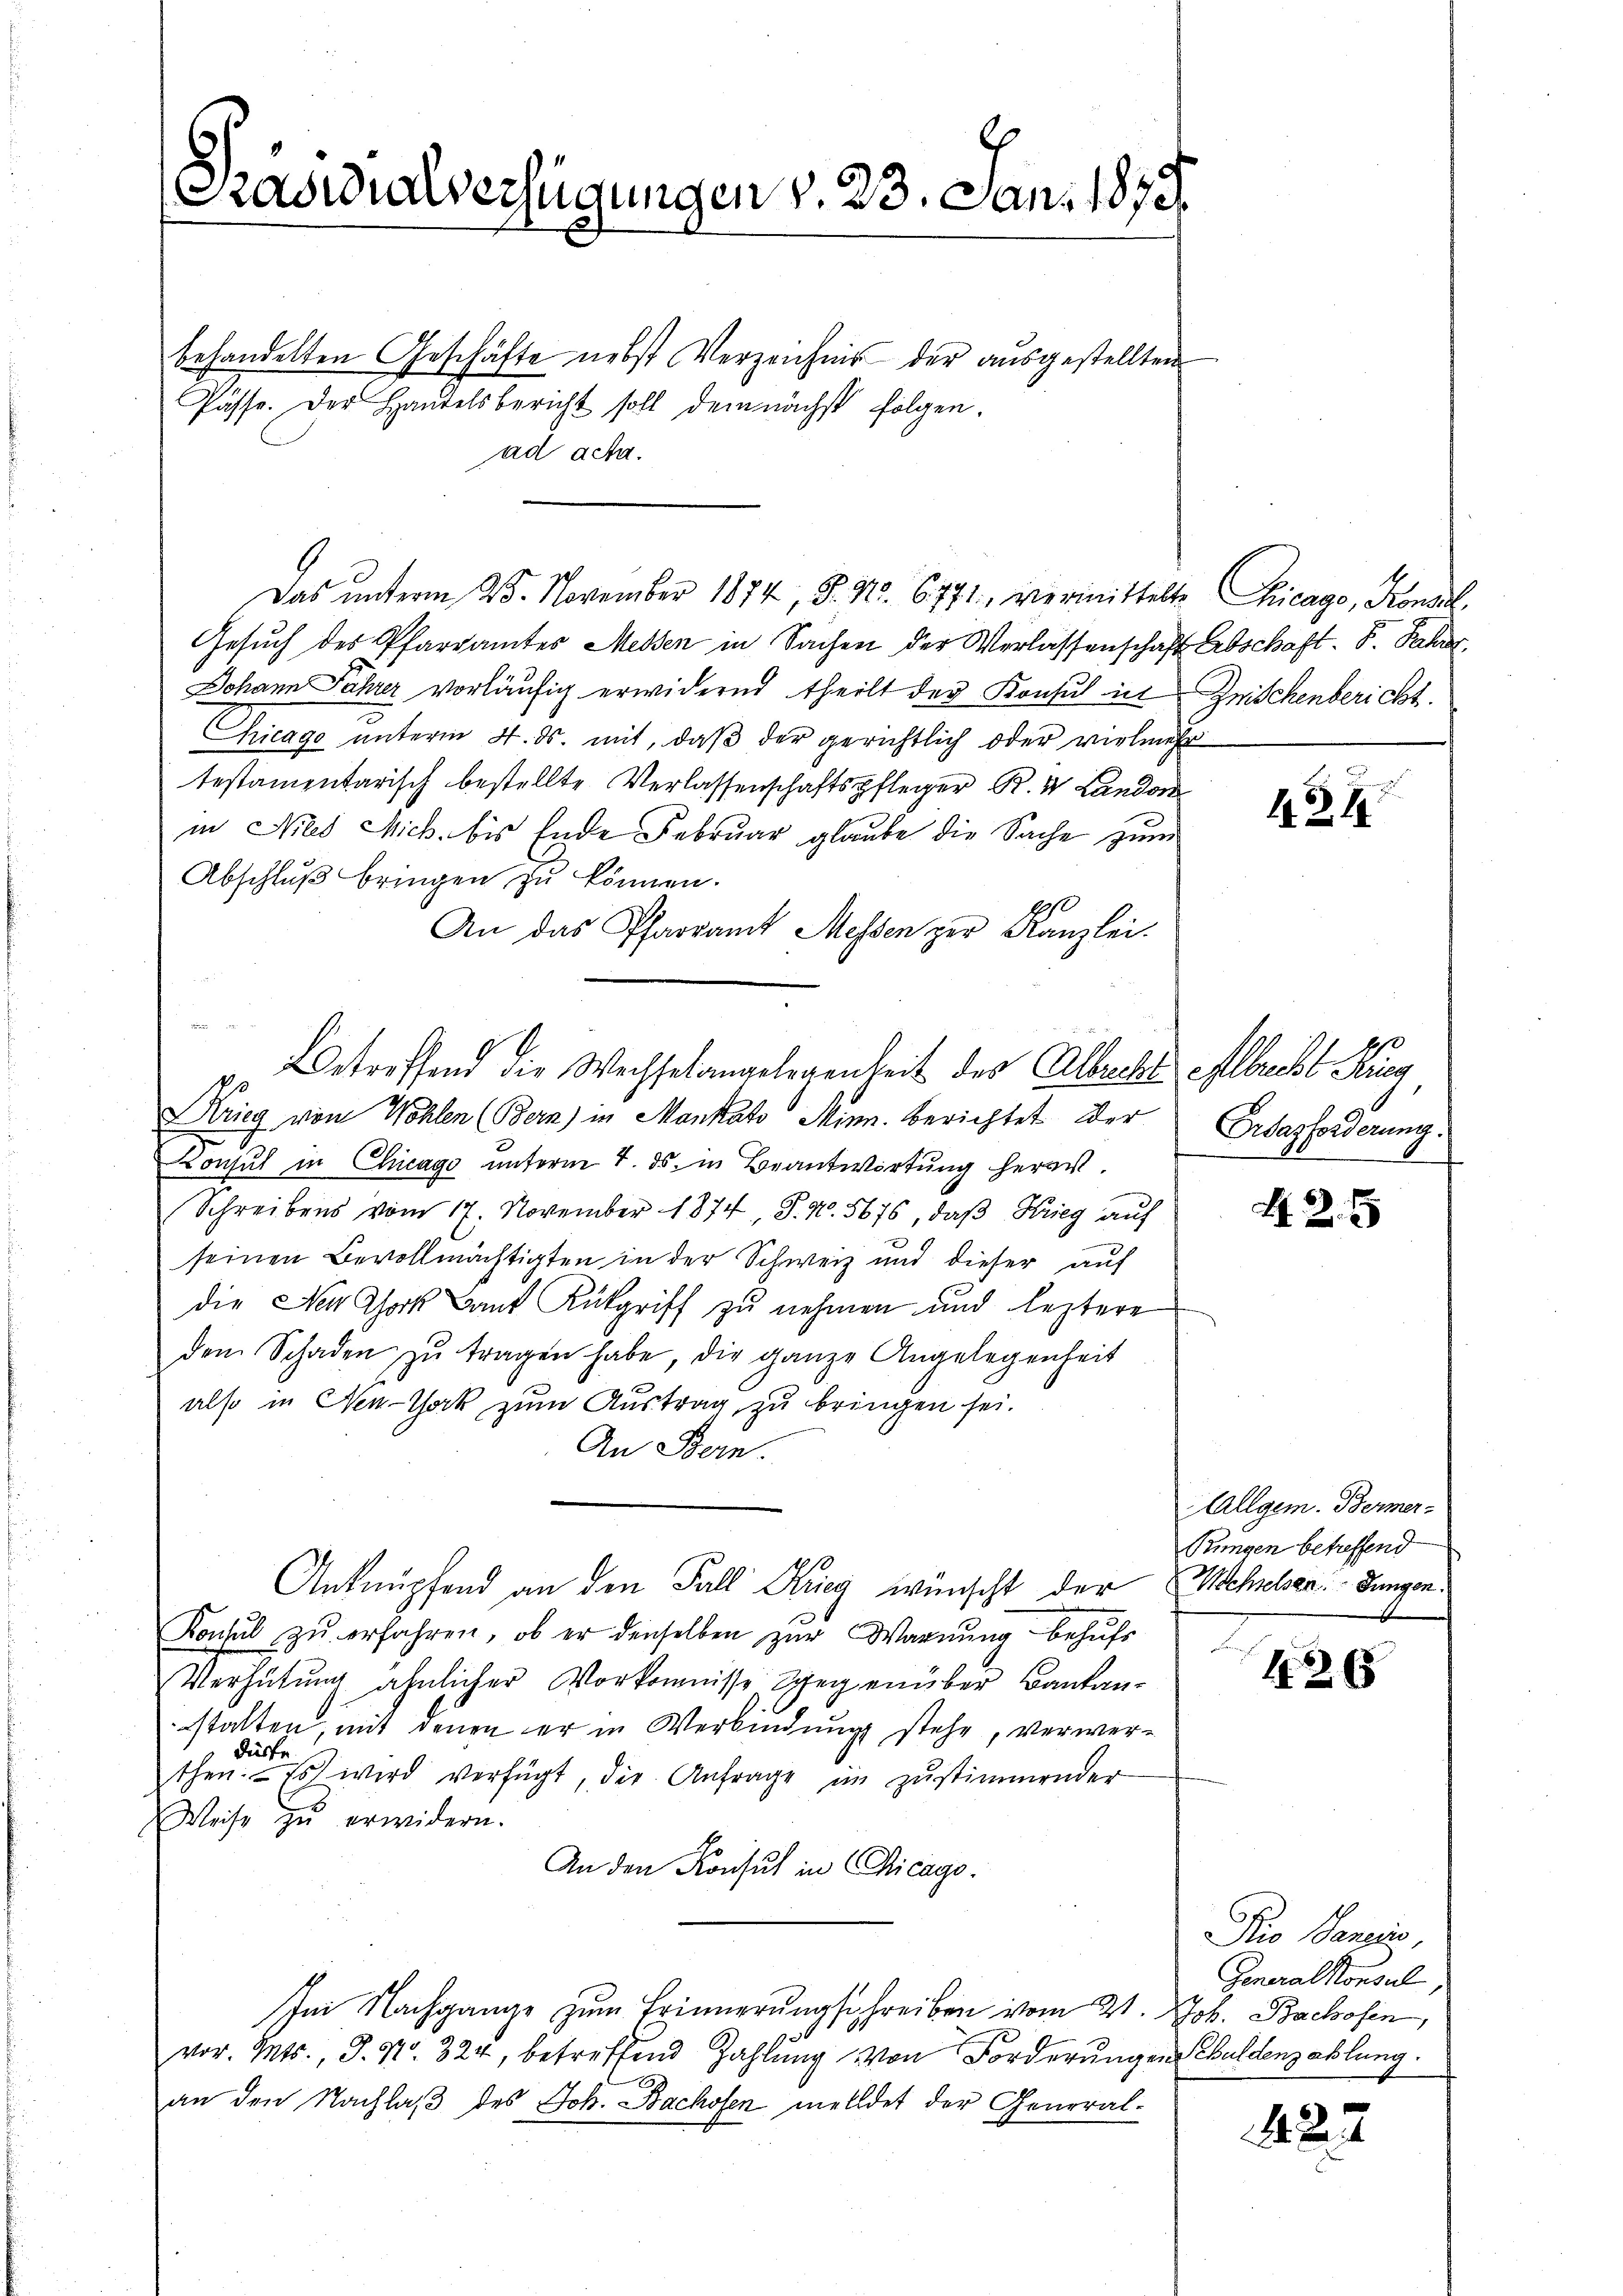
Stasialverfügungen v. 23. Jan. 1873

behandelten Geschäfte nebst Verzeichnis der ausgestellten
Pässe. Der Handelsbericht soll demnächst folgen.
ad acta.

Gesuch des Pfarramtes Messen in Sachen der Verlassenschaft Abschaft. F. Jahrer
Johann Jahrer vorläufig erwidernd theilt der Konsul in
Chicage unterm 4. ds. mit, daß der gerichtlich oder vielmehr
testamentarisch bestellte Verlassenschaftspfleger R. V. Landor
in Nies Mich. bis Ende Februar glaube die Sache zum
Abschluß bringen zu können.
An das Pfarramt Messen zur Kanzlei.
Krieg von Wohlen (Bern) in Mankato Minn. berichtet der
Konsul in Chicago unterm 4. ds. in Beantwortung herau¬
Schreibens vom 17. November 1874, S. N. 5676, daß Krieg auf
seinen Bevollmächtigten in der Schweiz und dieser auf
die Ner Chork Lauf Rükgriff zu nehmen und leztere
den Schaden zŭ tragen habe, die ganze Angelegenheit
also in New-York zum Austrag zu bringen sei.
An Bern.
Anknüpfend an den Fall Krieg wünscht der Schelsen. Jungen
Konsul zu erfahren, ob er denselben zur Warnung behufs
Verhütung ähnlicher Vorkomnisse, Schegenüber Cantanstalten, mit denen er in Verbindung stehe, verwerdürfe.
then. Es wird verfügt, die Anfrage im zŭstimmender
Weise zŭ erwidern.
An den Konsul in Chicago.
Im Nachgange zum Erinnerungsschreiben vom 21. Job. Bachofen,
vor. Mts., S. Nr. 324, betreffend Zahlung von Forderungen Guldenzahlung.
an den Nachlaß des Joh. Bachosen melldet der General-

Betreffend die Wechselangelegenheit des Albacht elbrecht Rueg

Das unterm 25. November 1874, S. Nr. 6771, vermittelte Chicago, Konsul

Zwischenbericht.

434

Grdazforderung.

42. 5

Allgem. Berner-
Bungen betreffend

425

Pro Bancis,
Generalkonsul

422